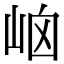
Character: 𡶯